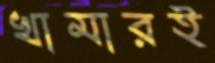
খামারই